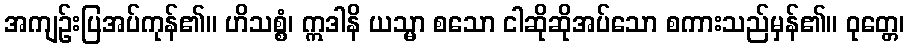
အကျဉ်းပြအပ်ကုန်၏။ ဟိသစ္စံ၊ ဣဒါနိ ယသ္မာ စသော ငါဆိုဆိုအပ်သော စကားသည်မှန်၏။ ဝုတ္တေ၊